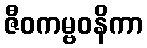
ဇီဝကမ္ဗဝနိကာ